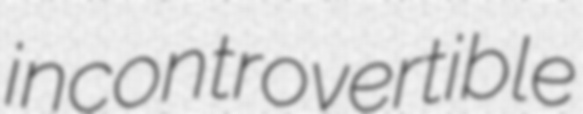
incontrovertible